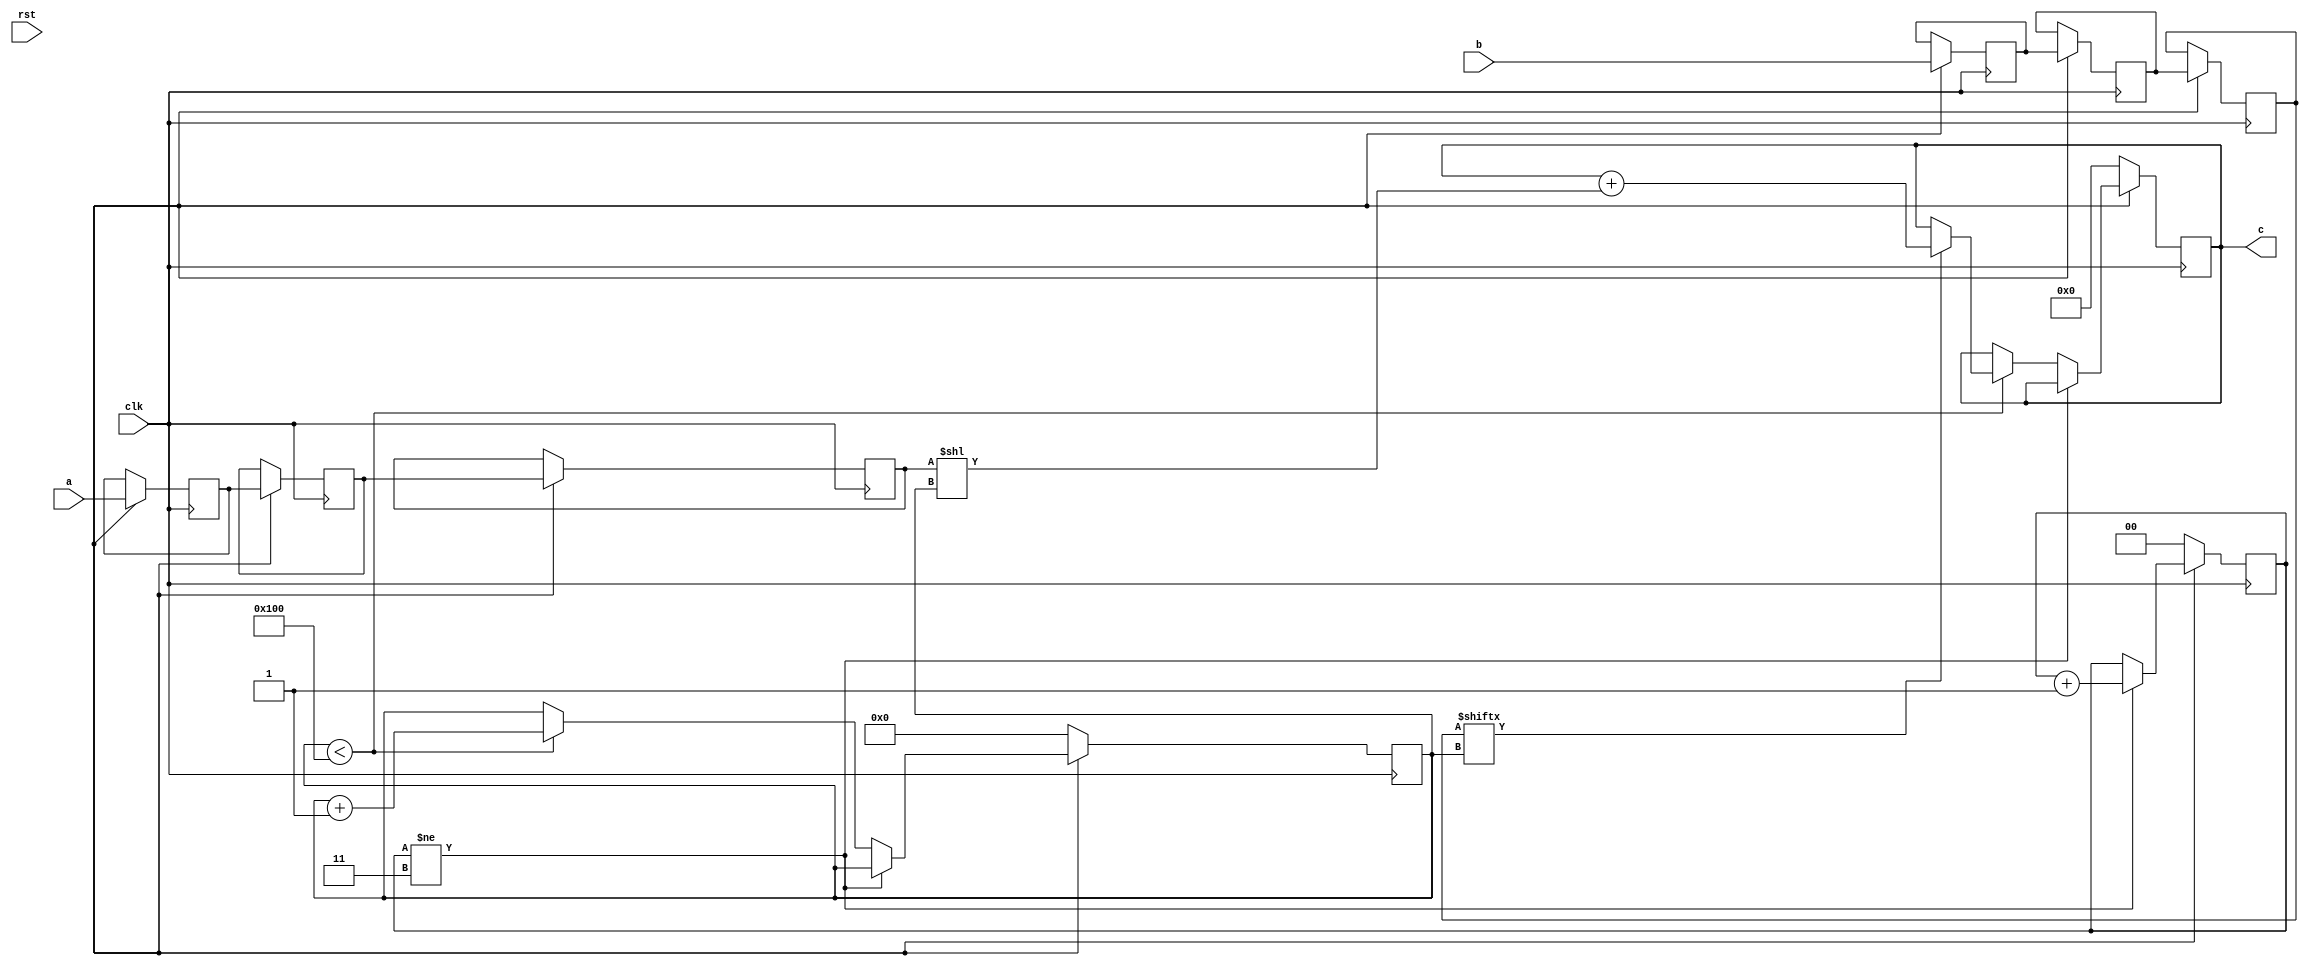
module schoolbook(clk, rst, a, b, c);
input clk;
input rst;
input [255:0] a;
input [255:0] b;
output reg [511:0] c;

reg [255:0] a_temp_3;
reg [255:0] b_temp_3;
reg [255:0] a_temp_2;
reg [255:0] b_temp_2;
reg [255:0] a_temp_1;
reg [255:0] b_temp_1;

reg  [8:0] count;
reg  [1:0] skip;

always @(posedge clk) begin
	if (rst_n == 1'b0) begin
		c <= 512'd0;
		count <= 9'd0;
		skip <= 2'd0;
	end
	else begin
		a_temp_1 <= a;
		b_temp_1 <= b;
		a_temp_2 <= a_temp_1;
		b_temp_2 <= b_temp_1;
		a_temp_3 <= a_temp_2;
		b_temp_3 <= b_temp_2;
		if (skip != 3) skip <= skip + 1;
		else begin
			if (count < 256) begin
				if (b_temp_3[count] == 1) begin
					c <= c + (a_temp_3 << count);
				end
				count <= count + 1;
			end
		end
	end
end
endmodule